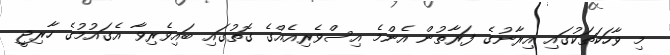
މި ވާހަކަތަކުގައި އިރާނުގެ ފަރާތުން އެންމެ އިސްވެރިއެއްގެ ގޮތުގައި ބައިވެރިވާ އެގައުމުގެ ހާރިޖީ